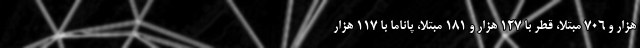
هزار و ۷۰۶ مبتلا، قطر با ۱۲۷ هزار و ۱۸۱ مبتلا، پاناما با ۱۱۷ هزار